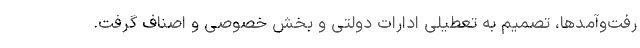
رفت‌وآمدها، تصمیم به تعطیلی ادارات دولتی و بخش خصوصی و اصناف گرفت.